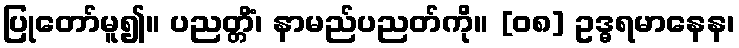
ပြုတော်မူ၍။ ပညတ္တိံ၊ နာမည်ပညတ်ကို။ [၀၈] ဥဒ္ဓရမာနေန၊